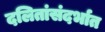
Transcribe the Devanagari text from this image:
दलितांसंदर्भात